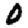
Digit: 0